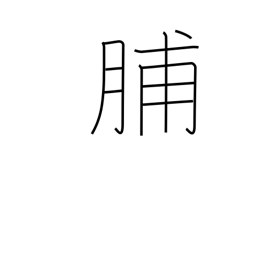
Meaning: dried meat